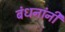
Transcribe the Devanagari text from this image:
बंधनांनी